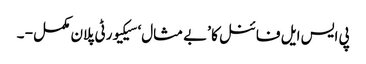
پی ایس ایل فائنل کا ’بے مثال‘ سیکیورٹی پلان مکمل - ۔